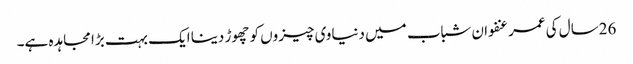
26سال کی عمر عنفوان شباب میں دنیاوی چیزوں کو چھوڑ دینا ایک بہت بڑا مجاہدہ ہے۔